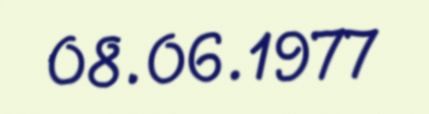
08.06.1977